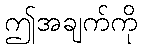
ဤအချက်ကို